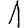
Digit: 1